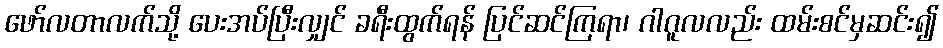
ဖော်လတာလက်သို့ ပေးအပ်ပြီးလျှင် ခရီးထွက်ရန် ပြင်ဆင်ကြရာ၊ ဂါဂူလလည်း ထမ်းစင်မှဆင်း၍